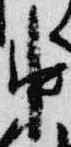
中